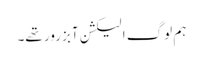
ہم لوگ الیکشن آبزرور تھے۔